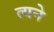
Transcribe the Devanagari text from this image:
त्यने